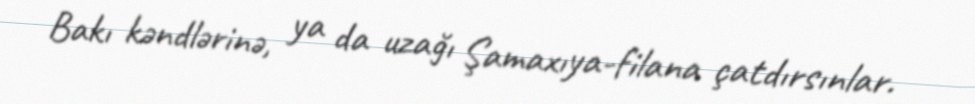
Bakı kəndlərinə, ya da uzağı Şamaxıya-filana çatdırsınlar.